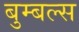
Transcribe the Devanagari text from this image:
बुम्बल्स